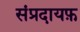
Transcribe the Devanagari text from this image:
संप्रदायफ़